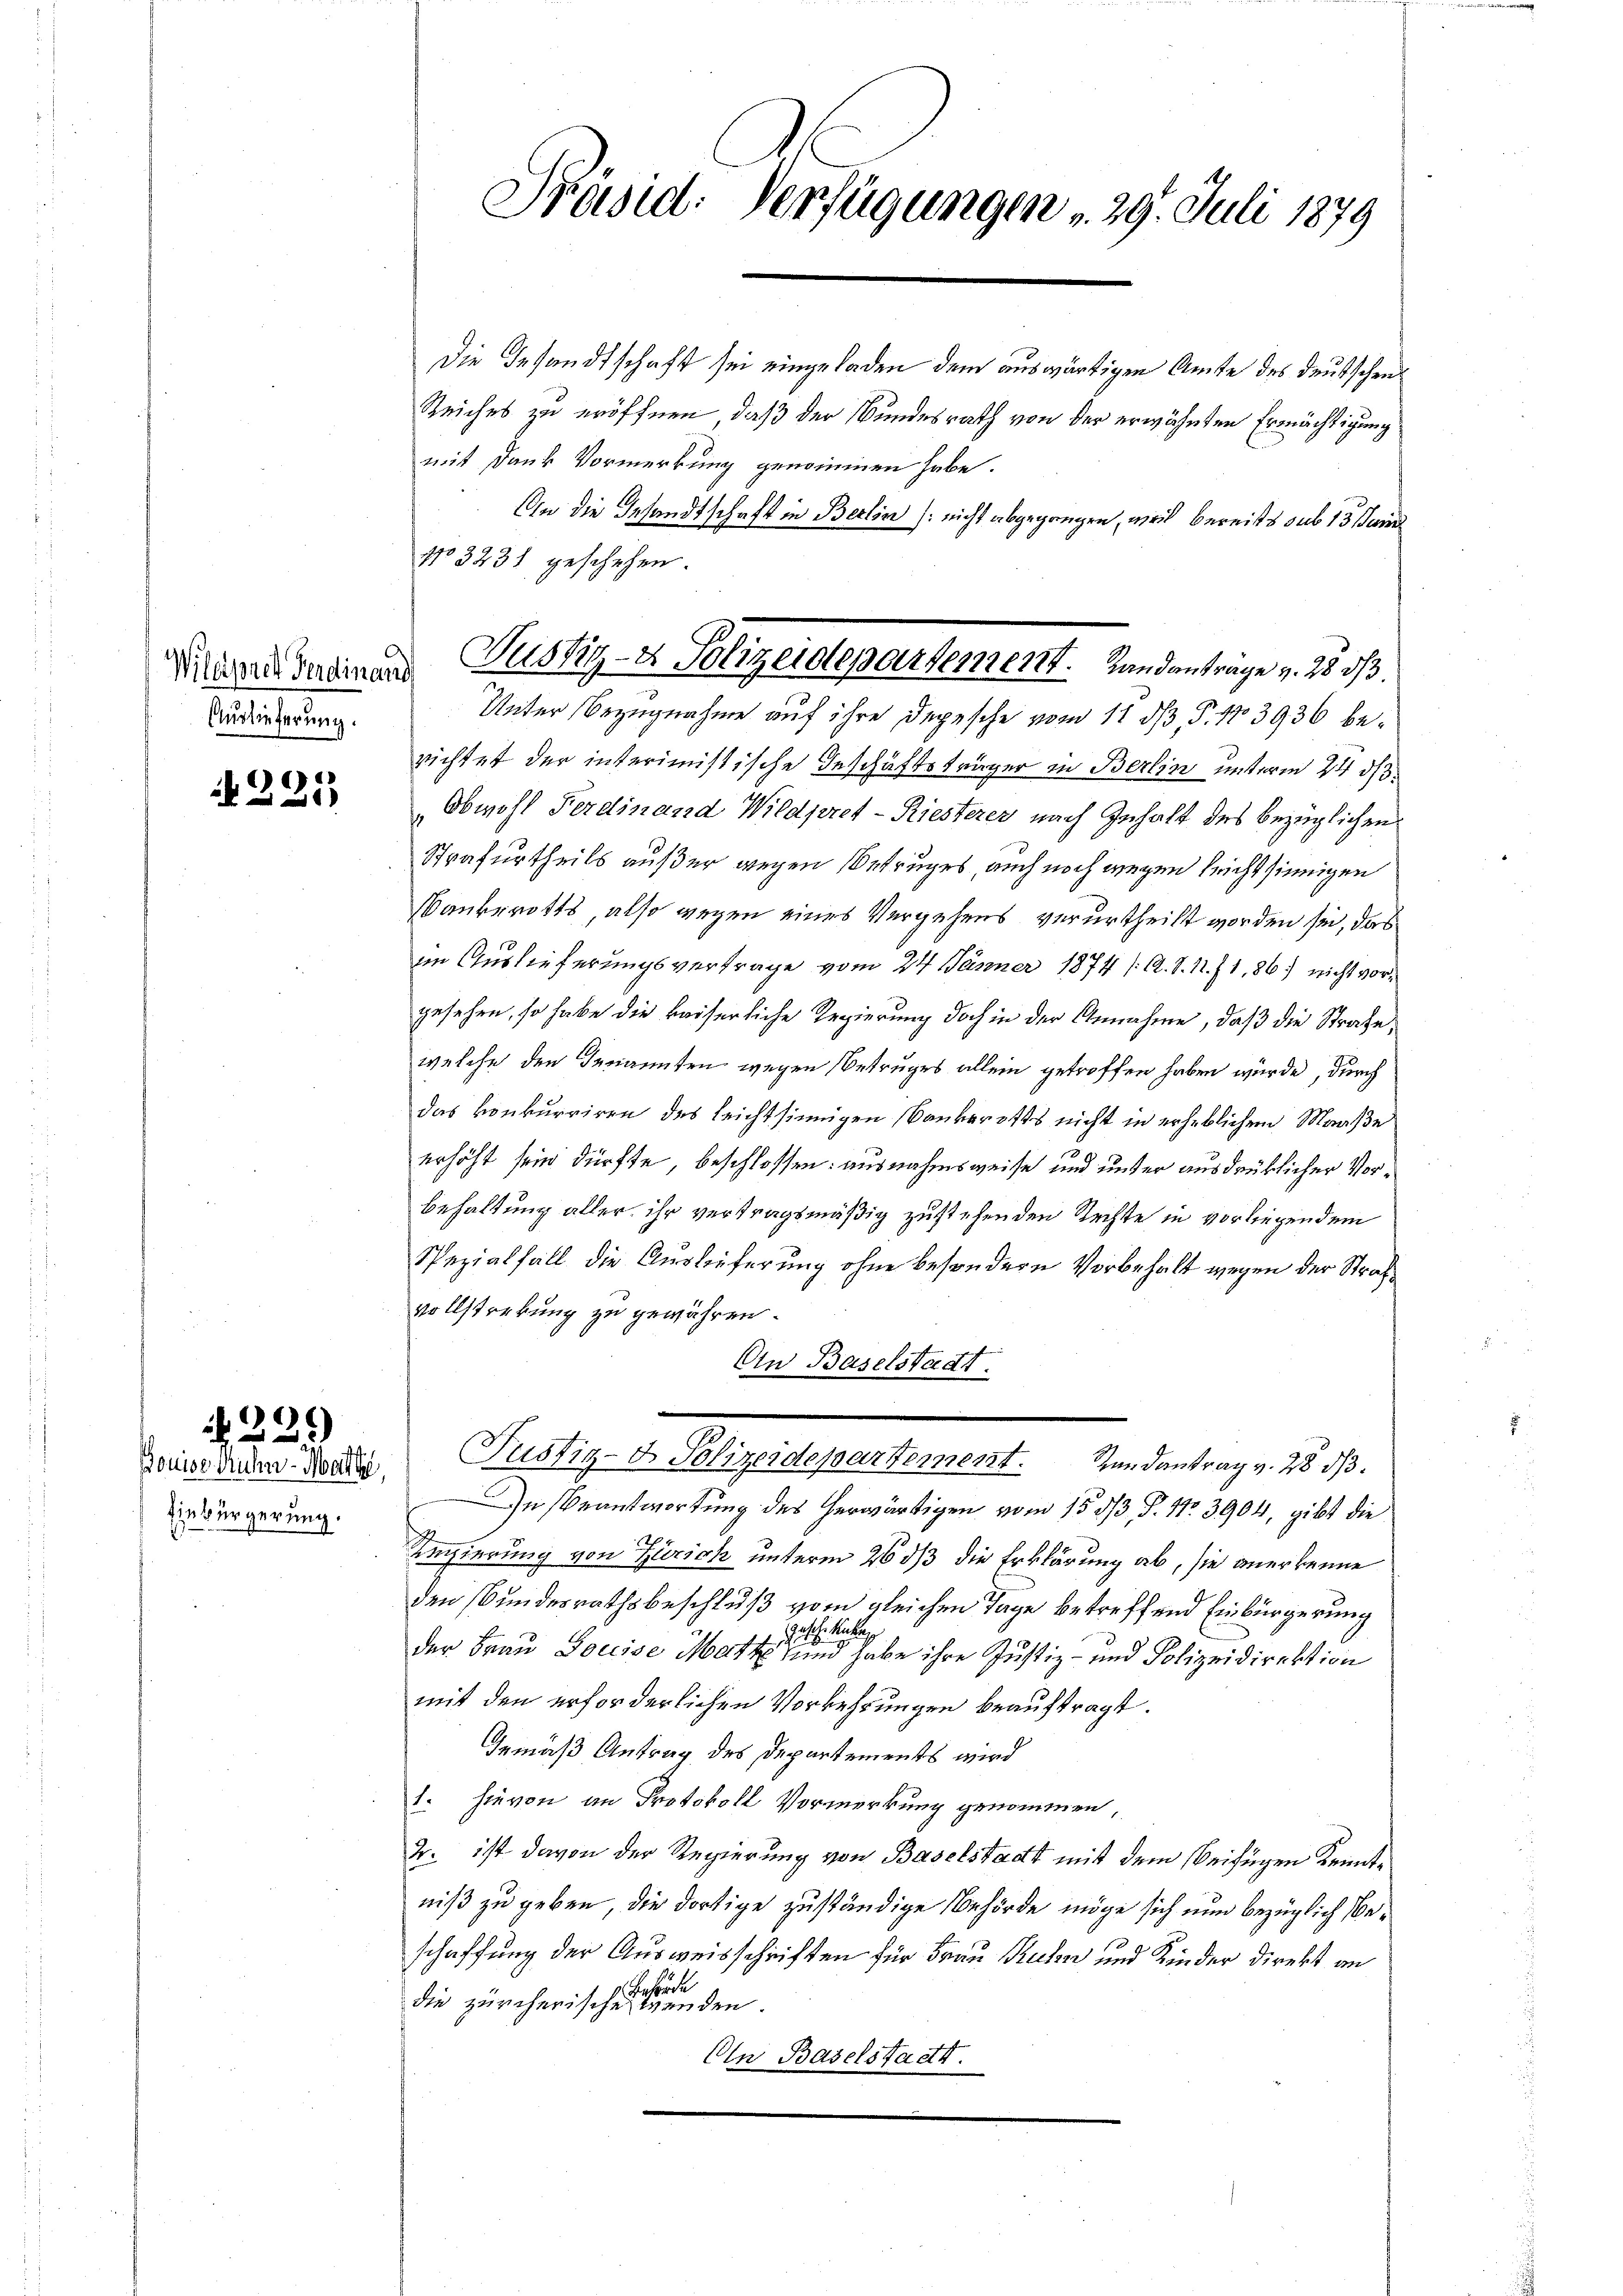
Auslieferung.

c
2f 0 x

)
25)

Einbürgerung.

Die Gesandtschaft sei eingeladen dem auswärtigen Amte des Deutschen
Reiches zu eröffnen, daß der Bundesrath von der erwähnten Ermächtigung
mit Dank Vormerkung genommen habe.
An die Gesandtschaft in Berlin nicht abgegangen, weil bereits sub 13 Juin
No 3238 geschehen.
Unter Bezugnahme auf ihre Depesche vom 11 dß P. 13936 berichtet der interimistische Geschäftsträger in Berlin unterm 24 d
Obwohl Ferdinand Wildpret-Riesterer nach Inhalt des bezüglichen
Strafurtheils auf der wegen Betruges, auch noch wegen leichtsinnigen
Bauberotts, also wegen eines Vergehens verurtheilt worden sei, das
im Auslieferungsvertrage vom 24. Jänner 1874 /A. S. N. Z. 1, 86. nicht vorgesehen, so habe die kaiserliche Regierung doch in der Annahme, daß die Strafe,
welche den Genannten wegen Betruges allein getroffen haben würde, durch
das konkurriren des leichtsinnigen Bankerotts nicht in erheblichen Maaße
erhöht sein dürfte, beschlossen: ausnahmsweise und unter ausdrüklicher Vorbehaltung aller ihr vertragsmäßig zustehenden Rechte in vorliegendem
Spezialfall die Auslieferung ohne besondern Vorbehalt wegen der Strafvollsterkung zu gewähren.
An Baselstadt.
Zoise anden Mater Justiz- & Polizeidepartement. Randantrag v. 28 d
In Beantwortung des herwärtigen vom 15 1/3. P. Nr. 3904, gibt die
Regierung von Zürich unterm 26 dß die Erklärung ab, sie anerkenne
den Bundesrathsbeschluß vom gleichen Tage betreffend Einbürgerung
kübe
121
der Frau Soccise Matt und habe ihre Justiz- und Polizeidirektion
mit den erforderlichen Vorkehrungen beauftragt.
Gemäß Antrag des Departements wird
1. hievon an Protokoll Vormerkung genommen,
2. ist davon der Regierung von Baselstadt mit dem Beifügen Kenntniß zu geben, die dortige zuständige Behörde möge sich nun bezüglich beschaffung der Ausweisschriften für Frau Ruhen und Kinder Direkt an
Gerhande
die zürcherische Wenden.
On Baselstadt.

Präsid. Verfügungen 29. Juli 1879

Mildern verdienen Justiz- & Polizeidepartement. Landantrage v. 25 3/3.